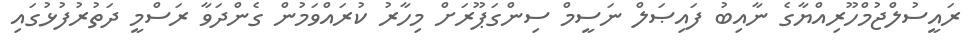
ރައީސުލްޖުމްހޫރިއްޔާގެ ނާއިބު ފައިޞަލް ނަސީމް ސިންގަޕޫރަށް މިހާރު ކުރައްވަމުން ގެންދަވާ ރަސްމީ ދަތުރުފުޅުގައި